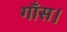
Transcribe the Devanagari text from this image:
गाँस।